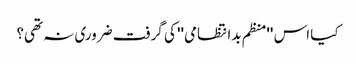
کیا اس ''منظم بدانتظامی'' کی گرفت ضروری نہ تھی؟